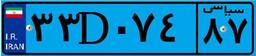
۲۳D۰۸۲۸۳